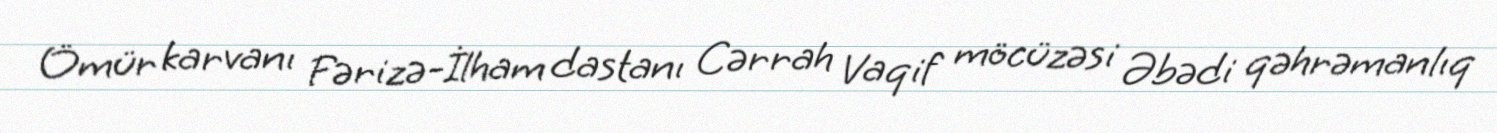
Ömür karvanı Fərizə-İlham dastanı Cərrah Vaqif möcüzəsi Əbədi qəhrəmanlıq